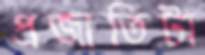
প্রজাতিটা